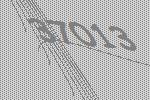
37013